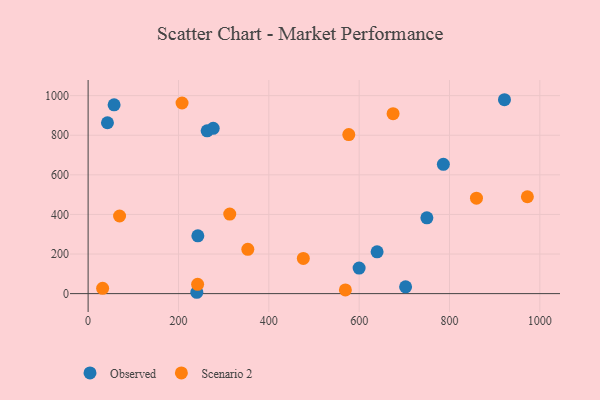
{"axis": {"x": "Price", "y": "Yield"}, "legend": ["Observed", "Scenario 2"], "data": [{"x": "702.8", "y": 34.2, "type": "Observed"}, {"x": "42.8", "y": 863.1, "type": "Observed"}, {"x": "242.9", "y": 292.0, "type": "Observed"}, {"x": "639.7", "y": 210.9, "type": "Observed"}, {"x": "240.6", "y": 6.8, "type": "Observed"}, {"x": "263.5", "y": 822.4, "type": "Observed"}, {"x": "749.9", "y": 382.7, "type": "Observed"}, {"x": "921.7", "y": 979.4, "type": "Observed"}, {"x": "57.5", "y": 953.4, "type": "Observed"}, {"x": "786.4", "y": 653.3, "type": "Observed"}, {"x": "599.9", "y": 129.0, "type": "Observed"}, {"x": "276.9", "y": 835.1, "type": "Observed"}, {"x": "972.4", "y": 489.4, "type": "Scenario 2"}, {"x": "242.4", "y": 47.2, "type": "Scenario 2"}, {"x": "69.6", "y": 392.2, "type": "Scenario 2"}, {"x": "859.7", "y": 482.2, "type": "Scenario 2"}, {"x": "207.9", "y": 962.8, "type": "Scenario 2"}, {"x": "353.5", "y": 223.5, "type": "Scenario 2"}, {"x": "675.1", "y": 909.1, "type": "Scenario 2"}, {"x": "476.4", "y": 178.0, "type": "Scenario 2"}, {"x": "32.1", "y": 26.5, "type": "Scenario 2"}, {"x": "577.0", "y": 803.2, "type": "Scenario 2"}, {"x": "569.5", "y": 18.7, "type": "Scenario 2"}, {"x": "313.5", "y": 401.9, "type": "Scenario 2"}]}